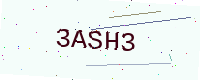
Text: 3ASH3